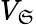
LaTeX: V_{\mathfrak{S}}